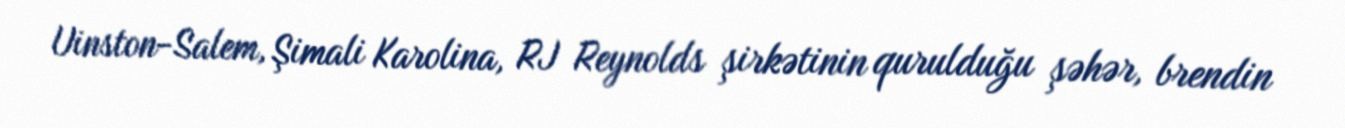
Uinston-Salem, Şimali Karolina, RJ Reynolds şirkətinin qurulduğu şəhər, brendin